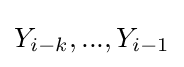
Y_{i-k},...,Y_{i-1}